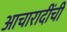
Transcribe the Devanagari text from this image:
आचारादींची